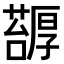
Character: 𠫅